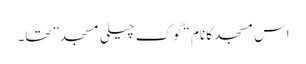
اس مسجد کا نام “گوک چیلی مسجد” تھا۔